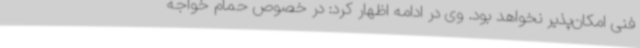
فنی امکان‌پذیر نخواهد بود. وی در ادامه اظهار کرد: در خصوص حمام خواجه